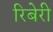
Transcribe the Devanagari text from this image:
रिबेरी